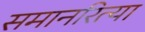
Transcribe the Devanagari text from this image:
समानरित्या